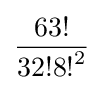
{\frac {63!}{32!{8!}^{2}}}